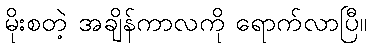
မိုးစတဲ့ အချိန်ကာလကို ရောက်လာပြီ။